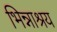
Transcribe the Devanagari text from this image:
भिन्नाश्रय